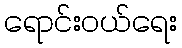
ရောင်းဝယ်ရေး